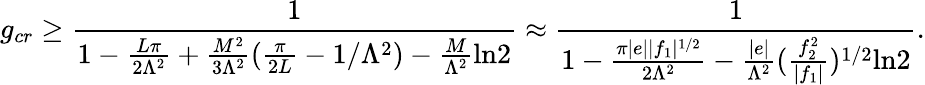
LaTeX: g_{cr}\ge\frac{1}{1-\frac{L\pi}{2\Lambda^{2}}+\frac{M^{2}}{3\Lambda^{2}}(\frac{\pi}{2L}-1/\Lambda^{2})-\frac{M}{\Lambda^{2}}\mathrm{ln}2}\approx\frac{1}{1-\frac{\pi|e||f_{1}|^{1/2}}{2\Lambda^{2}}-\frac{|e|}{\Lambda^{2}}(\frac{f_{2}^{2}}{|f_{1}|})^{1/2}\mathrm{ln}2}.